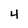
Character: 4